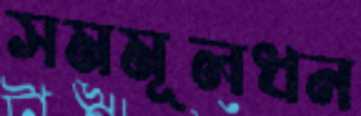
সমমূলধন